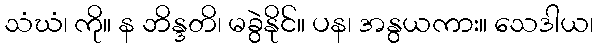
သံဃံ၊ ကို။ န ဘိန္ဒတိ၊ မခွဲနိုင်။ ပန၊ အနွယကား။ သေဒါယ၊